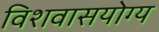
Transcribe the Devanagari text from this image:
विशवासयोग्य